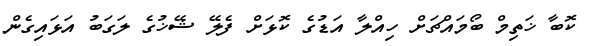
ކޮބާ ޚަތިމް ބޯމައްޗަށް ހިއްލާ އަޑުގެ ކޮޅަށް ފެލޭ ޝޭޚުގެ ލަގަބު އަޅައިގެން